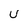
Character: U